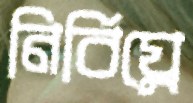
নির্বিঘ্নে